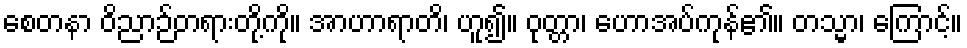
စေတနာ ဝိညာဉ်တရားတို့ကို။ အာဟာရာတိ၊ ဟူ၍။ ဝုတ္တာ၊ ဟောအပ်ကုန်၏။ တသ္မာ၊ ကြောင့်။